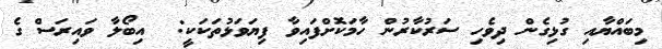
މިބައްޔާއި ގުޅިގެން ދިވެހި ސަރުކާރުން ހާމަކޮށްފައިވާ ފިޔަވަޅުތަކަކީ:  އިބޯލާ ވަައިރަސް ގެ